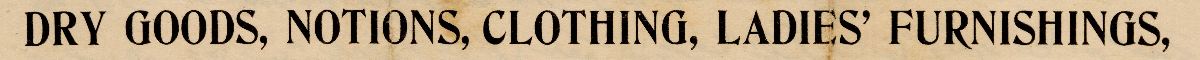
DRY GOODS, NOTIONS, CLOTHING, LADIES' FURNISHINGS,